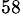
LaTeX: ^\mathrm{58}